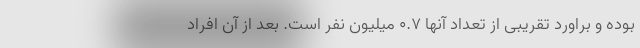
بوده و براورد تقریبی از تعداد آنها ۰.۷ میلیون نفر است. بعد از آن افراد